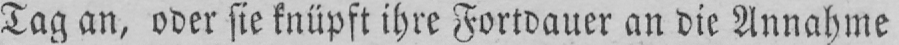
Tag an, oder sie knüpft ihre Fortdauer an die Annahme